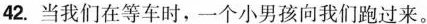
42. 当我们在等车时，一个小男孩向我们跑过来。